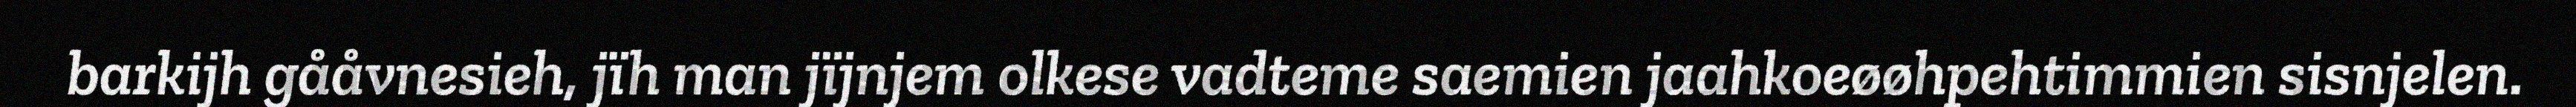
barkijh gååvnesieh, jïh man jïjnjem olkese vadteme saemien jaahkoeøøhpehtimmien sisnjelen.